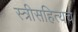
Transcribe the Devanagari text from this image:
स्त्रीसहित्यच